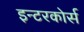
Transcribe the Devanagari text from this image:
इन्टरकोर्स